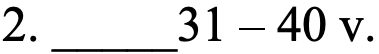
2. _____31 – 40 v.